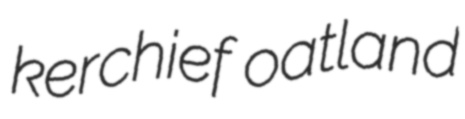
kerchief oatland